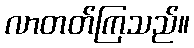
လာတတ်ကြသည်။